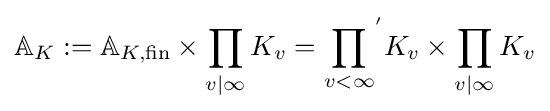
\mathbb {A} _{K}:=\mathbb {A} _{K,{\text{fin}}}\times \prod _{v|\infty }K_{v}={\prod _{v<\infty }}^{'}K_{v}\times \prod _{v|\infty }K_{v}